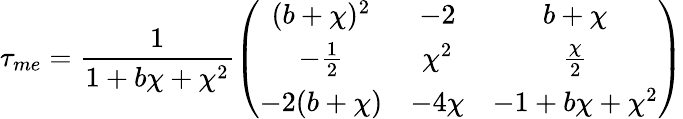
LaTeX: \tau_{me}=\frac{1}{1+b\chi+\chi^{2}}\left(\begin{array}{ccc}{{(b+\chi)^{2}}}&{{-2}}&{{b+\chi}}\\ {{-\frac{1}{2}}}&{{\chi^{2}}}&{{\frac{\chi}{2}}}\\ {{-2(b+\chi)}}&{{-4\chi}}&{{-1+b\chi+\chi^{2}}}\end{array}\right)